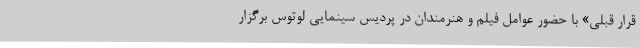
قرار قبلی» با حضور عوامل فیلم و هنرمندان در پردیس سینمایی لوتوس برگزار